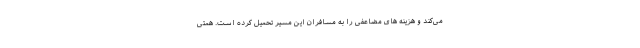
می‌کند و هزینه های مضاعفی را به مسافران این مسیر تحمیل کرده است. همتی